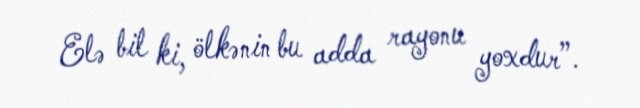
Elə bil ki, ölkənin bu adda rayonu yoxdur”.